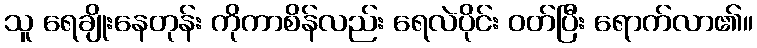
သူ ရေချိုးနေတုန်း ကိုကာစိန်လည်း ရေလဲပိုင်း ဝတ်ပြီး ရောက်လာ၏။